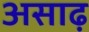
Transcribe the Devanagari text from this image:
असाढ़